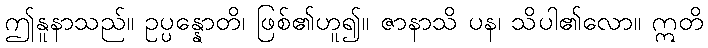
ဤနူနာသည်။ ဥပ္ပန္နောတိ၊ ဖြစ်၏ဟူ၍။ ဇာနာသိ ပန၊ သိပါ၏လော။ ဣတိ